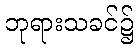
ဘုရားသခင်၌